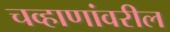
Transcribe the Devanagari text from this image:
चव्हाणांवरील